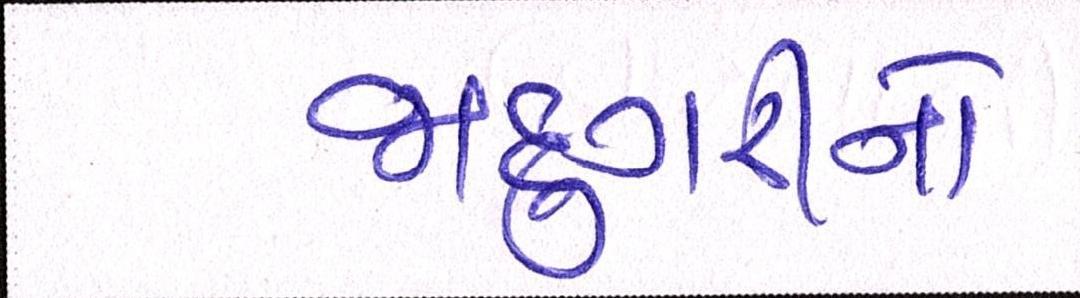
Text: જાદુગરીનો